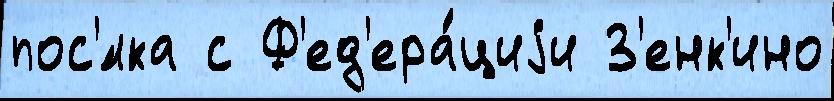
пос'́лка с Ф'ед'ера́циjи З'енк'ино